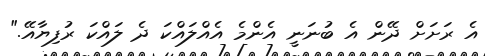
އެ ރަށަށް ދޭން އެ ބުނަނީ އެންމެ އެއްލައްކަ ދެ ލައްކަ ރުފިޔާއޭ."